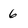
Character: 6